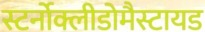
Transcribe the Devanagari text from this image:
स्टर्नोक्लीडोमैस्टायड